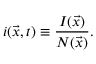
i ( \vec { x } , t ) \equiv \frac { I ( \vec { x } ) } { N ( \vec { x } ) } .